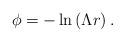
LaTeX: \begin{align*}\phi=-\ln\left(\Lambda r\right) .\end{align*}